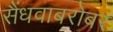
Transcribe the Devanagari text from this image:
सैंधवाबरोबर